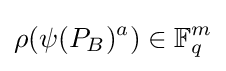
\rho (\psi (P_{B})^{a})\in \mathbb {F} _{q}^{m}